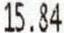
15.84